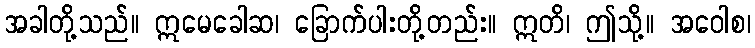
အခါတို့သည်။ ဣမေခေါဆ၊ ခြောက်ပါးတို့တည်း။ ဣတိ၊ ဤသို့။ အဝေါစ၊